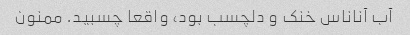
آب آناناس خنک و دلچسب بود، واقعا چسبید. ممنون